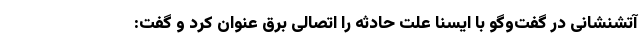
آتشنشانی در گفت‌وگو با ایسنا علت حادثه را اتصالی برق عنوان کرد و گفت: